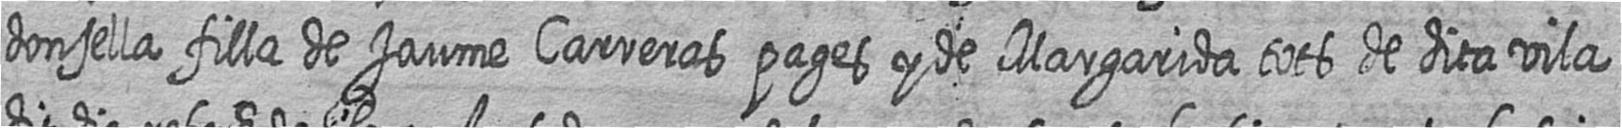
donsella filla de Jaume Carreras pages y de Margarida tots de dita vila